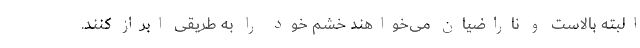
البته بالاست و ناراضیان می‌خواهند خشم خود را به طریقی ابراز کنند.